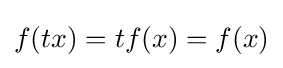
{\textstyle f(tx)=tf(x)=f(x)}